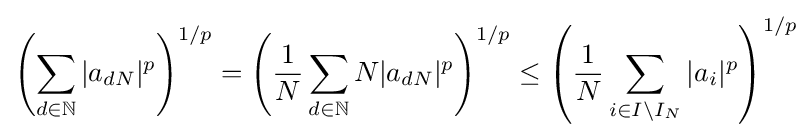
\left(\sum _{d\in \mathbb {N} }|a_{dN}|^{p}\right)^{1/p}=\left({\frac {1}{N}}\sum _{d\in \mathbb {N} }N|a_{dN}|^{p}\right)^{1/p}\leq \left({\frac {1}{N}}\sum _{i\in I\setminus I_{N}}|a_{i}|^{p}\right)^{1/p}